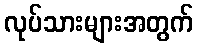
လုပ်သားများအတွက်